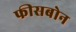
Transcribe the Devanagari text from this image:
फीसबोन